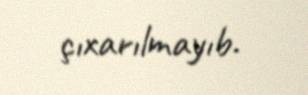
çıxarılmayıb.